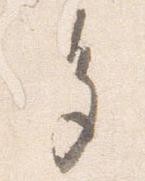
多